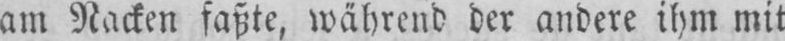
am Nacken faßte, während der andere ihm mit